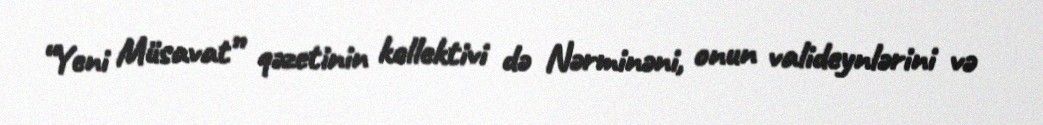
“Yeni Müsavat” qəzetinin kollektivi də Nərminəni, onun valideynlərini və